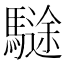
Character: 𩥽